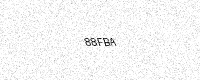
Text: 88FBA